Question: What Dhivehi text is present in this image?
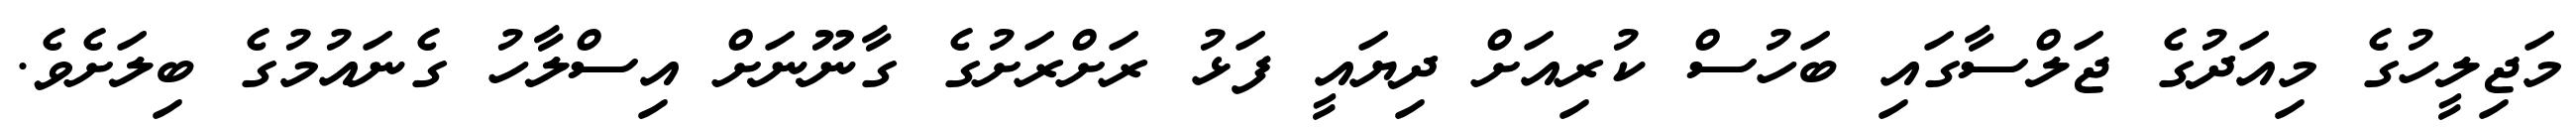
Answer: މަޖިލީހުގެ މިއަދުގެ ޖަލްސާގައި ބަހުސް ކުރިއަށް ދިޔައީ ފަޅު ރަށްރަށުގެ ގާނޫނަށް އިސްލާހު ގެނައުމުގެ ބިލަށެވެ.